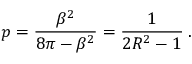
p = \displaystyle \frac { \beta ^ { 2 } } { 8 \pi - \beta ^ { 2 } } = \displaystyle \frac { 1 } { 2 R ^ { 2 } - 1 } \: .